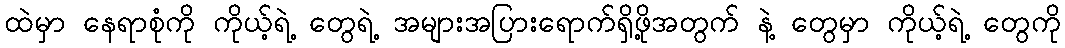
ထဲမှာ နေရာစုံကို ကိုယ့်ရဲ့ တွေရဲ့ အများအပြားရောက်ရှိဖို့အတွက် နဲ့ တွေမှာ ကိုယ့်ရဲ့ တွေကို